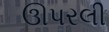
ઊપરલી